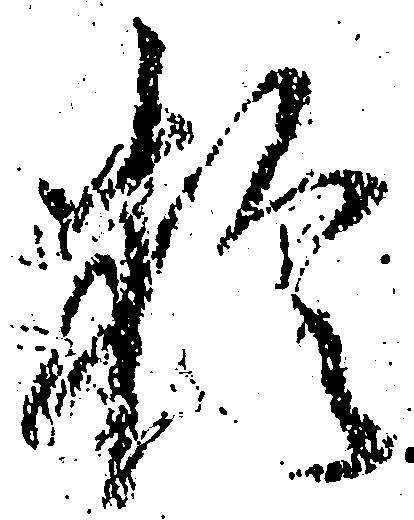
於